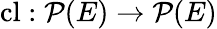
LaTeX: \operatorname{cl}:{\mathcal{P}}(E)\to{\mathcal{P}}(E)